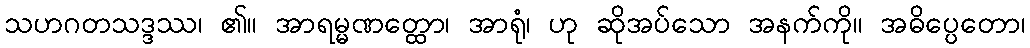
သဟဂတသဒ္ဒဿ၊ ၏။ အာရမ္မဏတ္ထော၊ အာရုံ၊ ဟု ဆိုအပ်သော အနက်ကို။ အဓိပ္ပေတော၊